Civil Veterinary Department Bihar reports 1936-40 - 1936-1940
Year: 1936
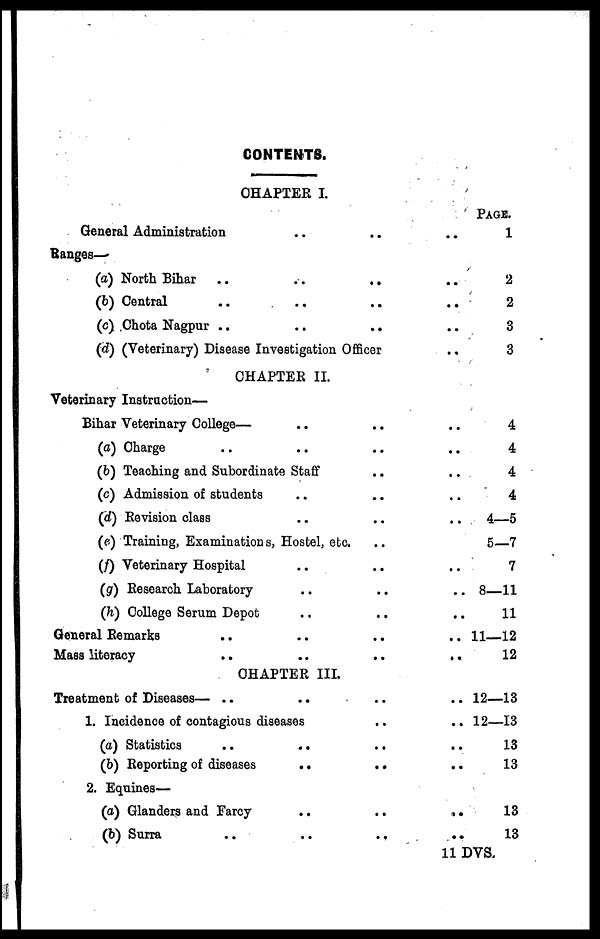
CONTENTS.
CHAPTER I.
General Administration .. ..
..
PAGE.
1
Ranges-
(a) North Bihar
..
..
..
(b) Central .. .. ..
(c) Chota Nagpur .. .. ..
(d) (Veterinary) Disease Investigation Officer
..
..
..
..
2
2
3
3
CHAPTER II.
Veterinary Instruction— .. ..
Bihar Veterinary College— .. ..
(a) Charge .. .. ..
(b) Teaching and Subordinate Staff ..
(c) Admission of students .. ..
(d) Revision class .. ..
(e) Training, Examinations, Hostel, etc. ..
(f) Veterinary Hospital .. ..
(g) Research Laboratory .. ..
(h) College Serum Depot .. ..
General Remarks .. .. ..
Mass literacy .. .. ..
..
..
..
..
..
..
..
..
..
..
4
4
4
4
4—5
5—7
7
8—11
11
11—12
12
CHAPTER III.
Treatment of Diseases— .. .. ..
1. Incidence of contagious diseases
(a) Statistics .. .. ..
(b) Reporting of diseases
..
..
2. Equines—
(a) Glanders and Farcy .. ..
(b) Surra
..
..
..
..
..
12—13
12—13
13
13
13
13
11 DVS.